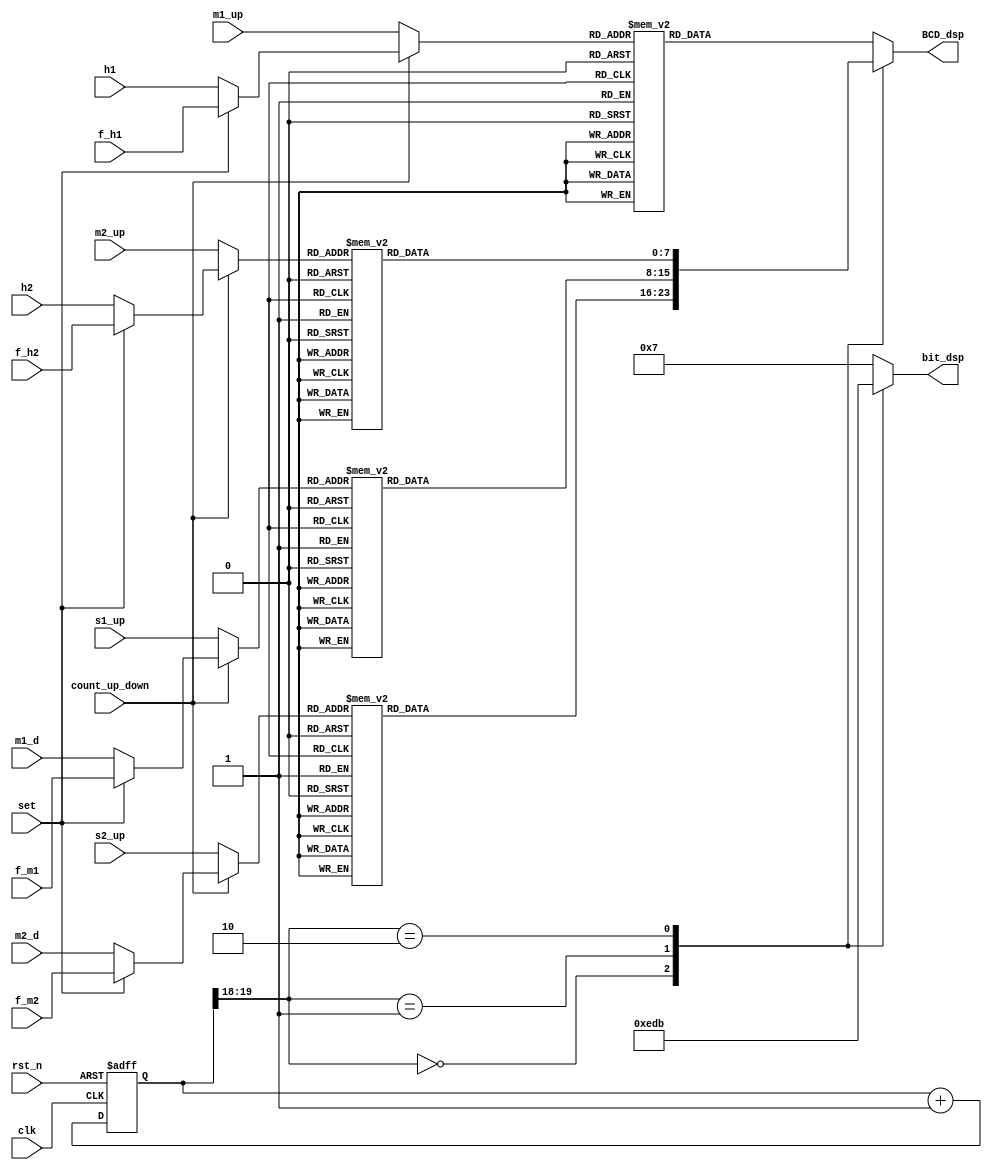

`define SS_0 8'b00000011
`define SS_1 8'b10011111
`define SS_2 8'b00100101
`define SS_3 8'b00001101
`define SS_4 8'b10011001
`define SS_5 8'b01001001
`define SS_6 8'b01000001
`define SS_7 8'b00011111
`define SS_8 8'b00000001
`define SS_9 8'b00001001
`define SS_F 8'b01110001

module lab7_3_SSD(
clk,
rst_n,
set,
count_up_down,
f_h1,
f_h2,
f_m1,
f_m2,
h1,
h2,
m1_d,
m2_d,
m1_up, 
m2_up, 
s1_up, 
s2_up,
BCD_dsp,
bit_dsp
);
input clk; 
input rst_n; 
input set, count_up_down;
input [3:0] h1, h2, m1_d, m2_d;
input [3:0] f_h1, f_h2, f_m1, f_m2;
input [3:0] m1_up, m2_up, s1_up, s2_up;
output reg [7:0] BCD_dsp;
output reg [3:0] bit_dsp;
reg c_tmp;
reg [19:0] cnt,cnt_tmp;
wire [1:0] cl;
reg [7:0]A,B,C,D;
reg [3:0] a, b, c, d;

always@*
if(count_up_down==1) begin
    if(set == 1) begin
     a = f_h1;
     b = f_h2;
     c = f_m1;
     d = f_m2;
     end
     else begin
     a = h1;
     b = h2;
     c = m1_d;
     d = m2_d;
     end
end
else begin
 a = m1_up;
 b = m2_up;
 c = s1_up;
 d = s2_up;
end

always @*
case (a)
4'd0: A = `SS_0;
4'd1: A = `SS_1;
4'd2: A = `SS_2;
4'd3: A = `SS_3;
4'd4: A = `SS_4;
4'd5: A = `SS_5;
4'd6: A = `SS_6;
4'd7: A = `SS_7;
4'd8: A = `SS_8;
4'd9: A = `SS_9;
default: A = `SS_F;
endcase

always @*
case (b)
4'd0: B = `SS_0;
4'd1: B = `SS_1;
4'd2: B = `SS_2;
4'd3: B = `SS_3;
4'd4: B = `SS_4;
4'd5: B = `SS_5;
4'd6: B = `SS_6;
4'd7: B = `SS_7;
4'd8: B = `SS_8;
4'd9: B = `SS_9;
default: B = `SS_F;
endcase

always @*
case (c)
4'd0: C = `SS_0;
4'd1: C = `SS_1;
4'd2: C = `SS_2;
4'd3: C = `SS_3;
4'd4: C = `SS_4;
4'd5: C = `SS_5;
4'd6: C = `SS_6;
4'd7: C = `SS_7;
4'd8: C = `SS_8;
4'd9: C = `SS_9;
default: C = `SS_F;
endcase

always @*
case (d)
4'd0: D = `SS_0;
4'd1: D = `SS_1;
4'd2: D = `SS_2;
4'd3: D = `SS_3;
4'd4: D = `SS_4;
4'd5: D = `SS_5;
4'd6: D = `SS_6;
4'd7: D = `SS_7;
4'd8: D = `SS_8;
4'd9: D = `SS_9;
default: D = `SS_F;
endcase




always @*
cnt_tmp = cnt+1;

always @(posedge clk or negedge rst_n)
if (~rst_n) cnt <= 20'b0;
else cnt <= cnt_tmp;

assign cl= cnt[19:18];

always @*
case(cl)
2'd0: BCD_dsp = D;
2'd1: BCD_dsp = C;
2'd2: BCD_dsp = B;
default: BCD_dsp = A;
endcase

always @*
case(cl)
2'd0: bit_dsp = 4'b1110;
2'd1: bit_dsp = 4'b1101;
2'd2: bit_dsp = 4'b1011;
default: bit_dsp = 4'b0111;
endcase


endmodule